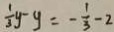
\frac { 1 } { 3 } y - y = - \frac { 1 } { 3 } - 2